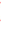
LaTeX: I\! \! \! \! \! \! \! \! \! \! \! \! _{p\! \! \! \! \! \! \! \! \! \! \! \! _{\! }\! \! \! \! \! \! \! \! \! \! \! 0}\! \! \! \! \! \! \! \! \! \! \! \! (\! \! \! \! \! \! \! \! \! \! \! \! \ensuremath{\mathcal{Z}}\! \! \! \! \! \! \! \! \! \! \! \! )\! \! \! \! \! \! \! \! \! \! \! \! :\! \! \! \! \! \! \! \! \! \! \! \! =\! \! \! \! \! \! \! \! \! \! \! \! I\! \! \! \! \! \! \! \! \! \! \! \! _{\! \! \! \! \! \! \! \! \! \! \! \! \Phi\! \! \! \! \! \! \! \! \! \! \! \! (p\! \! \! \! \! \! \! \! \! \! \! \! _{\! }\! \! \! \! \! \! \! \! \! \! \! 0\! \! \! \! \! \! \! \! \! \! \! \! )}\! \! \! \! \! \! \! \! \! \! \! \! (\! \! \! \! \! \! \! \! \! \! \! \! \Phi\! \! \! \! \! \! \! \! \! \! \! \! _{\! }\! \! \! \! \! \! \! \! \! \! \! *\! \! \! \! \! \! \! \! \! \! \! \! \! \! \! \! \! \! \! \! \! \! \! \! \ensuremath{\mathcal{Z}}\! \! \! \! \! \! \! \! \! \! \! \! )\! \! \! \! \! \! \! \! \! \! \! \! .\! \! \! \! \! \! \! \! \! \! \!